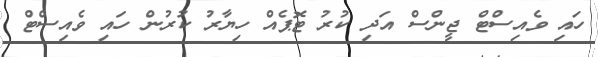
ހައި ވެއިސްޓް ޖީންސް އަދި ކުރު ޓޮޕެއް ހިޔާރު ކުރުން ހައި ވެއިސްޓް